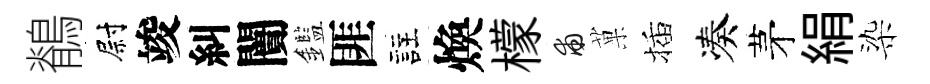
鶺尉竣糾闠鑑匪註煥檬甫菓插凑茅絹染